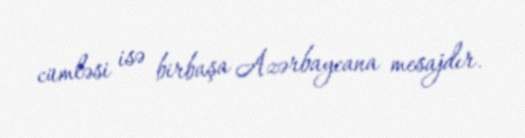
cümləsi isə birbaşa Azərbaycana mesajdır.